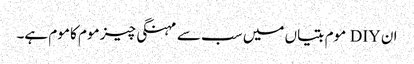
ان DIY موم بتیاں میں سب سے مہنگی چیز موم کا موم ہے۔